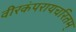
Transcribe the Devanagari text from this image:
वीरकंपरायचरितम्